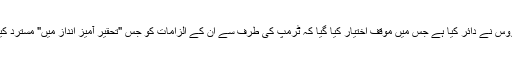
ہتک عزت کا دعویٰ ان ہی خواتین میں سے ایک سمر زیرووس نے دائر کیا ہے جس میں موقف اختیار کیا گیا کہ ٹرمپ کی طرف سے ان کے الزامات کو جس "تحقیر آمیز انداز میں" مسترد کیا گیا وہ ان کے لیے جذبانی اور معاشی نقصان کا باعث بنا۔